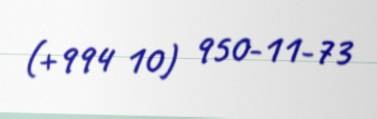
(+994 10) 950-11-73